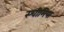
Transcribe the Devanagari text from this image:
स्चीमिया